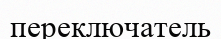
переключатель